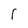
Character: 1